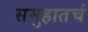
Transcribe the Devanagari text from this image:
समुहातचं